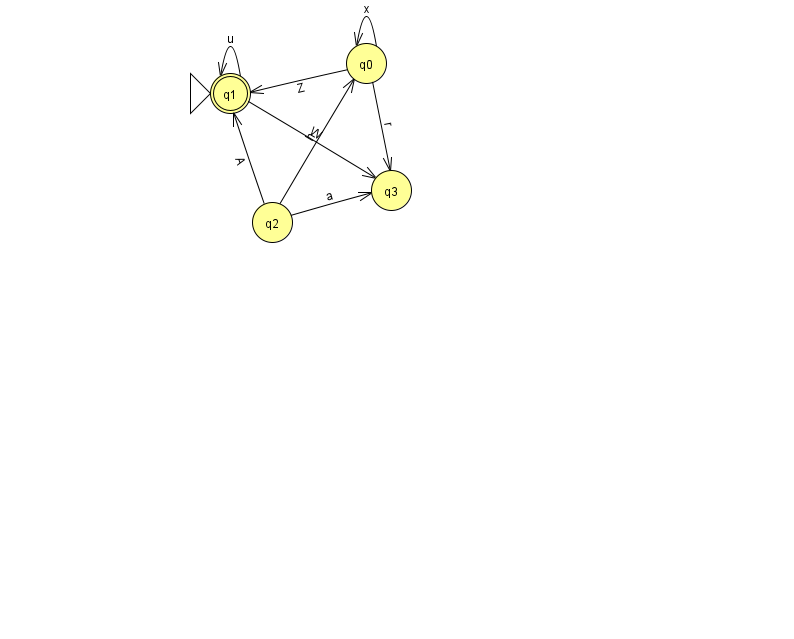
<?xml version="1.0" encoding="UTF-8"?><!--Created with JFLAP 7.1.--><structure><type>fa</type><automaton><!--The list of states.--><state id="0" name="q0"><x>366.0</x><y>50.0</y></state><state id="1" name="q1"><x>230.0</x><y>80.0</y><initial/><final/></state><state id="2" name="q2"><x>272.0</x><y>209.0</y></state><state id="3" name="q3"><x>391.0</x><y>177.0</y></state><!--The list of transitions.--><transition><from>0</from><to>1</to><read>Z</read></transition><transition><from>2</from><to>0</to><read>h</read></transition><transition><from>2</from><to>1</to><read>A</read></transition><transition><from>1</from><to>3</to><read>W</read></transition><transition><from>1</from><to>1</to><read>u</read></transition><transition><from>2</from><to>3</to><read>a</read></transition><transition><from>0</from><to>0</to><read>x</read></transition><transition><from>0</from><to>3</to><read>r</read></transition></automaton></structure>